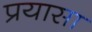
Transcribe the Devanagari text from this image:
प्रयासा